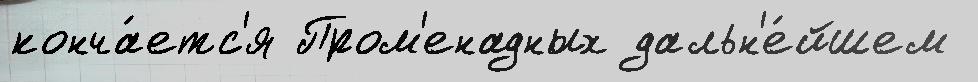
конча́етс'я Пром'енадных дальн'е́йшем